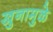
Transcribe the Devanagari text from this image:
खुनामुळे